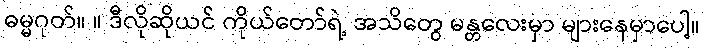
ဓမ္မဂုတ်။ ။ ဒီလိုဆိုယင် ကိုယ်တော်ရဲ့ အသိတွေ မန္တလေးမှာ များနေမှာပေါ့။